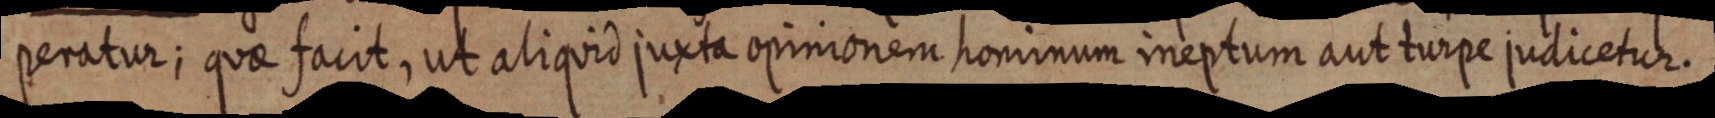
peratur; quae facit, ut aliquid juxta opinionem hominum ineptum aut turpe judicetur.